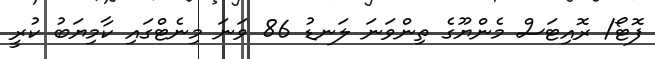
ފޮޓޯ/ ރޮއިޓަސް މެންޔޫގެ ތިންވަނަ ލަނޑު 86 ވަނަ މިނެޓްގައި ކާމިޔަބު ކުރީ